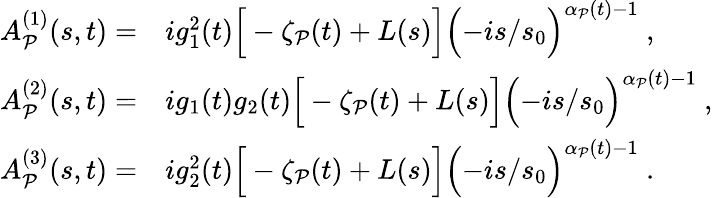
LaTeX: \begin{array}{lll}{{A_{\cal P}^{(1)}(s,t)=}}&{{ig_{1}^{2}(t)\Big[-\zeta_{\cal P}(t)+L(s)\Big]\Bigl(-is/s_{0}\Bigr)^{\alpha_{\cal P}(t)-1}\ ,}}\\ {{A_{\cal P}^{(2)}(s,t)=}}&{{ig_{1}(t)g_{2}(t)\Big[-\zeta_{\cal P}(t)+L(s)\Big]\Bigl(-is/s_{0}\Bigr)^{\alpha_{\cal P}(t)-1}\ ,}}\\ {{A_{\cal P}^{(3)}(s,t)=}}&{{ig_{2}^{2}(t)\Big[-\zeta_{\cal P}(t)+L(s)\Big]\Bigl(-is/s_{0}\Bigr)^{\alpha_{\cal P}(t)-1}\ .}}\end{array}